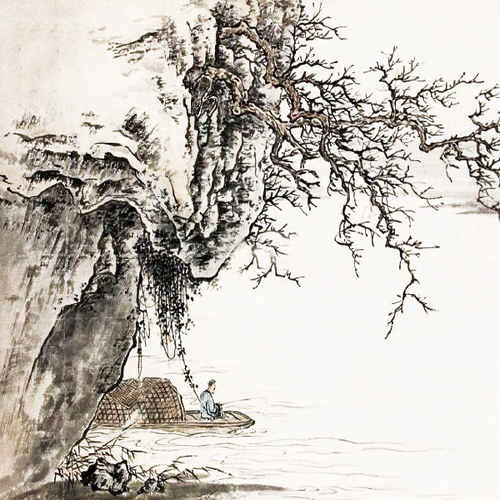
雪粉华，舞梨花，再不见烟村四五家。